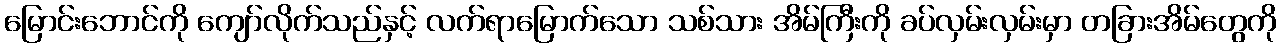
မြောင်းဘောင်ကို ကျော်လိုက်သည်နှင့် လက်ရာမြောက်သော သစ်သား အိမ်ကြီးကို ခပ်လှမ်းလှမ်းမှာ တခြားအိမ်တွေကို